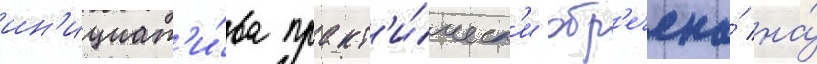
ин'ициат'и́ва практ'и́ческ'и обр'ечена́ на́